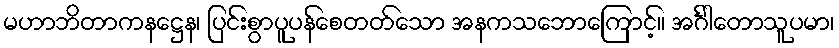
မဟာဘိတာကနဋ္ဌေန၊ ပြင်းစွာပူပန်စေတတ်သော အနကသဘောကြောင့်။ အင်္ဂါတောသူပမာ၊